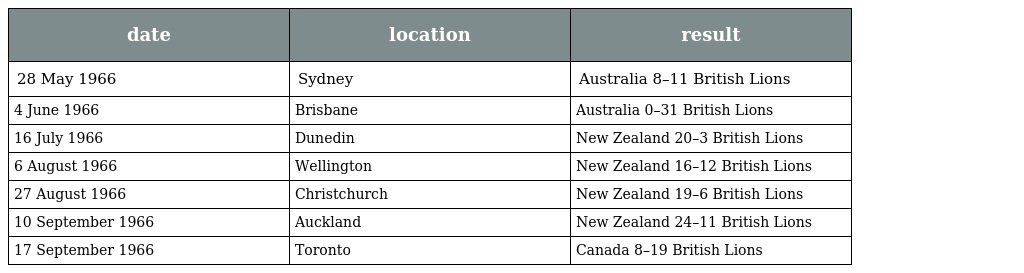
| date | location | result |
 | --- | --- | --- |
 | 28 May 1966 | Sydney | Australia 8–11 British Lions |
 | 4 June 1966 | Brisbane | Australia 0–31 British Lions |
 | 16 July 1966 | Dunedin | New Zealand 20–3 British Lions |
 | 6 August 1966 | Wellington | New Zealand 16–12 British Lions |
 | 27 August 1966 | Christchurch | New Zealand 19–6 British Lions |
 | 10 September 1966 | Auckland | New Zealand 24–11 British Lions |
 | 17 September 1966 | Toronto | Canada 8–19 British Lions |